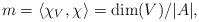
LaTeX: \begin{align*}m = \langle \chi_{V}, \chi_{} \rangle = \dim(V)/|A|,\end{align*}